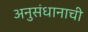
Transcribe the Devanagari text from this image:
अनुसंधानाची